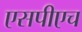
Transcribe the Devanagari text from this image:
एसपीएच